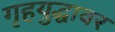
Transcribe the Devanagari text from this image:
गृहयुद्धावर